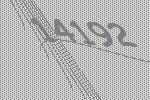
14192